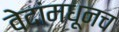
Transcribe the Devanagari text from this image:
वेदांमधूनच